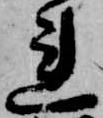
連